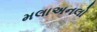
મલાઅનલો